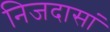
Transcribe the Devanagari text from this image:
निजदासां